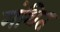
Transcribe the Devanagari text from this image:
मंथित